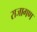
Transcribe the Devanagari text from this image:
राजागण